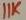
Text: 11K